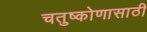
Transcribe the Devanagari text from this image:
चतुष्कोणासाठी